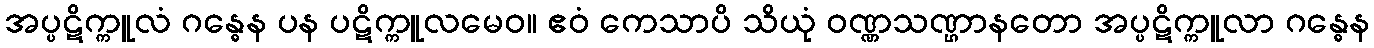
အပ္ပဋိက္ကူလံ ဂန္ဓေန ပန ပဋိက္ကူလမေဝ။ ဧဝံ ကေသာပိ သိယုံ ဝဏ္ဏသဏ္ဌာနတော အပ္ပဋိက္ကူလာ ဂန္ဓေန